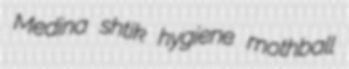
Medina shtik hygiene mothball